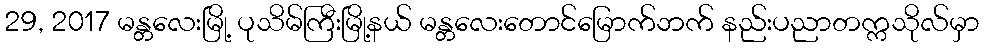
29, 2017 မန္တလေးမြို့ ပုသိမ်ကြီးမြို့နယ် မန္တလေးတောင်မြောက်ဘက် နည်းပညာတက္ကသိုလ်မှာ